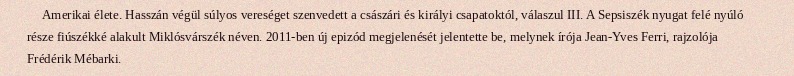
Amerikai élete. Hasszán végül súlyos vereséget szenvedett a császári és királyi csapatoktól, válaszul III. A Sepsiszék nyugat felé nyúló része fiúszékké alakult Miklósvárszék néven. 2011-ben új epizód megjelenését jelentette be, melynek írója Jean-Yves Ferri, rajzolója Frédérik Mébarki.